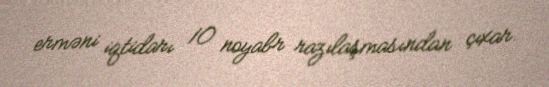
erməni iqtidarı 10 noyabr razılaşmasından çıxar.